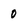
Character: 0